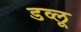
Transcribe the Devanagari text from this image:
डव्लू